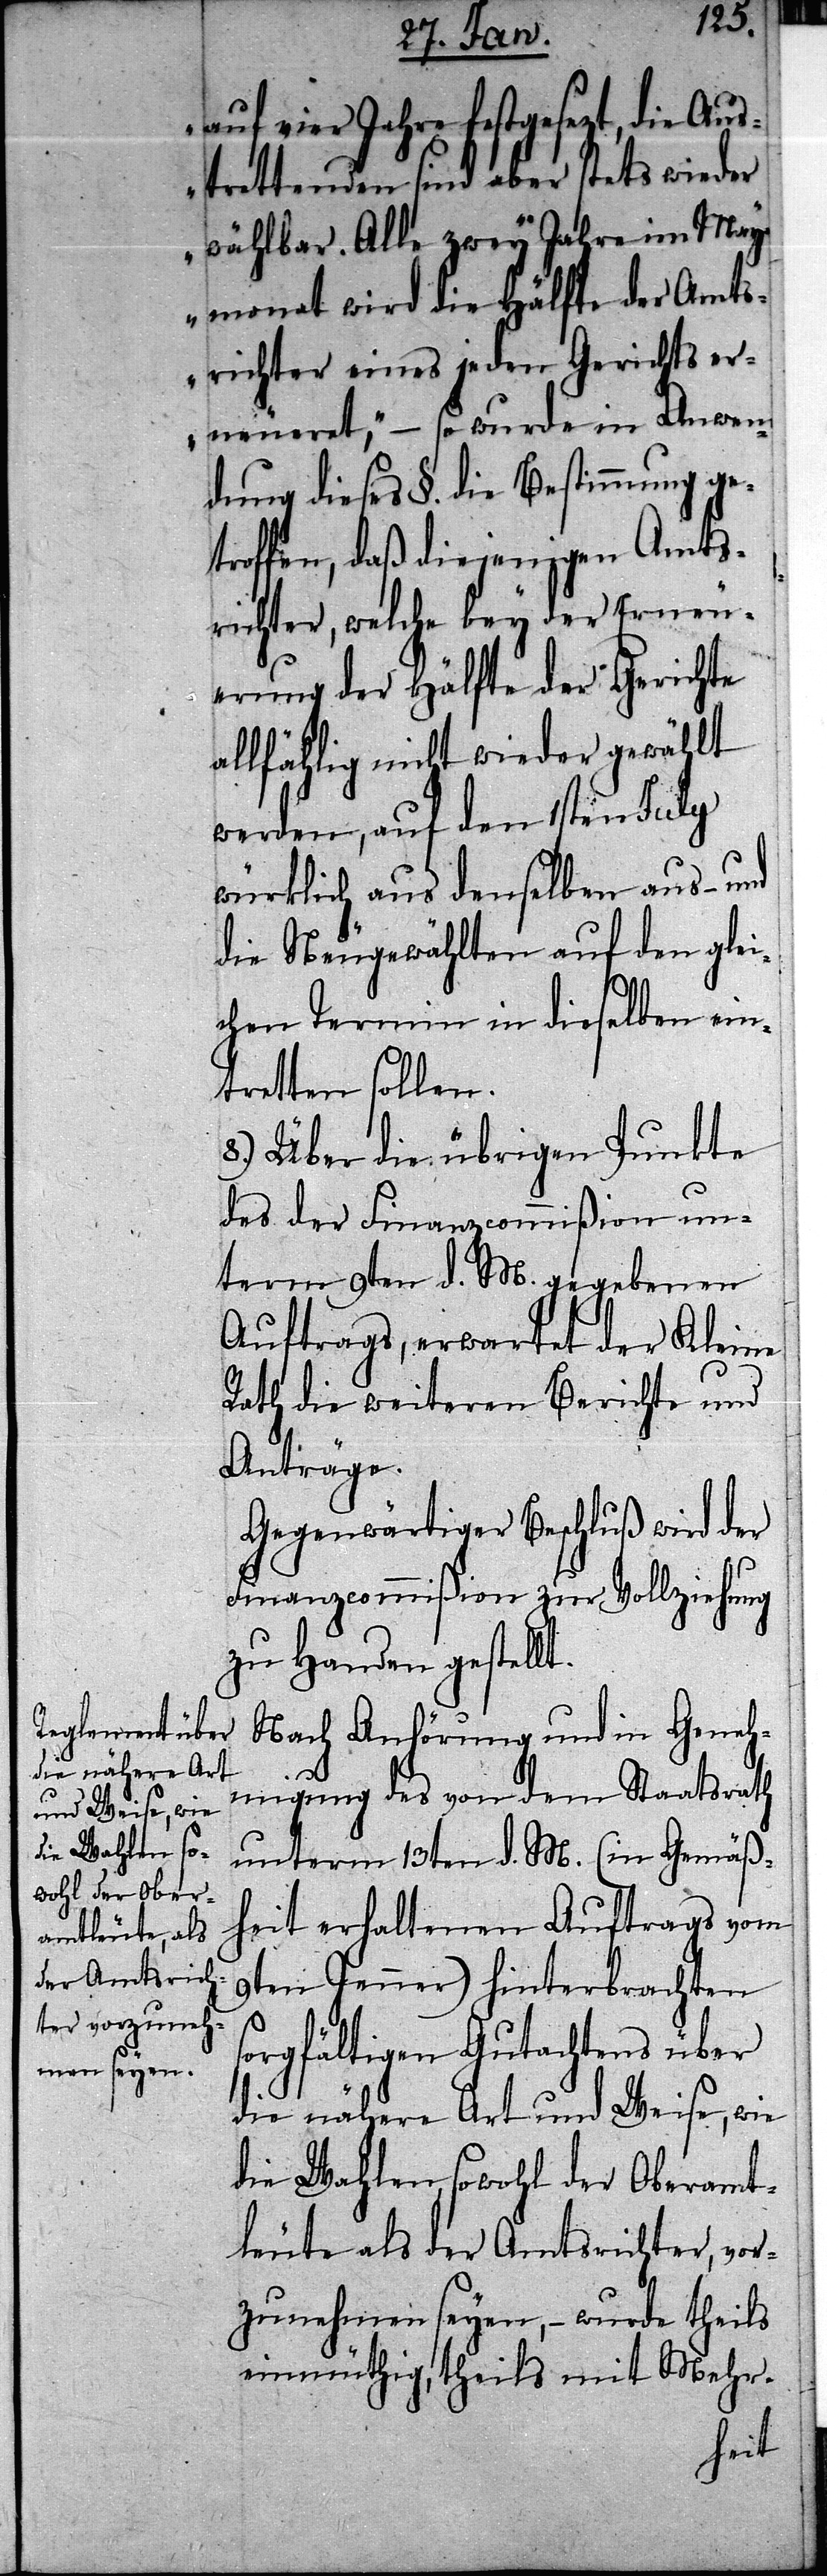
auf vier Jahre festgesezt, die Aus¬
trettenden sind aber stets wieder
wählbar. Alle zwey Jahre im May¬
monat wird die Hälfte der Amts¬
richter eines jeden Gerichts er¬
neueret,“ – so wurde in Anwen¬
dung dieses §. die Bestimmung ge¬
troffen, daß diejenigen Amts¬
richter, welche bey der Erneu¬
erung der Hälfte der Gerichte
allfählig nicht wieder gewählt
werden, auf den 1sten July
würklich aus denselben aus- und
die Neugewählten auf den glei¬
chen Termin in dieselben ein¬
tretten sollen.
8.) Über die übrigen Punkte
des der Finanzcommißion un¬
term 9ten d. M. gegebenen
Auftrags, erwartet der Kleine
Rath die weiteren Berichte und
Anträge.
Gegenwärtiger Beschluß wird der
Finanzcommißion zur Vollziehung
zu Handen gestellt.
Nach Anhörung und in Geneh¬
migung des von dem Staatsrath
unterm 13ten d. M. (in Gemäß¬
heit erhaltenen Auftrags vom
9ten Jenner) hinterbrachten
sorgfältigen Gutachtens über
die nähere Art und Weise, wie
die Wahlen, sowohl der Oberamt¬
leute als der Amtsrichter, vor¬
zunehmen seyen, – wurde theils
einmüthig, theils mit Mehr-